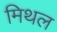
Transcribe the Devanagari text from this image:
मिथल